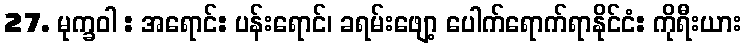
27. မုက္ခဝါ : အရောင်: ပန်းရောင်၊ ခရမ်းဖျော့ ပေါက်ရောက်ရာနိုင်ငံ: ကိုရီးယား